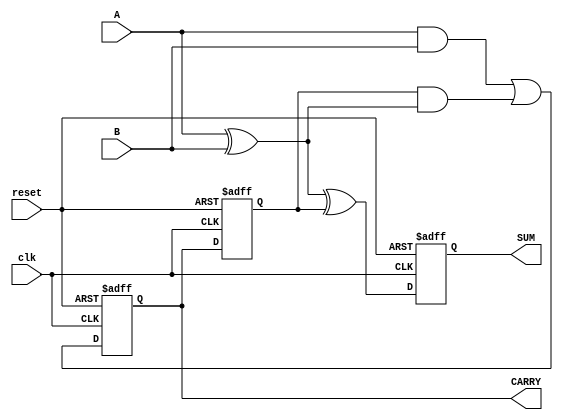
module SequentialHalfAdder (
    input wire clk,         // Clock input
    input wire reset,       // Reset input
    input wire A,          // First input bit
    input wire B,          // Second input bit
    output reg SUM,        // Sum output
    output reg CARRY       // Carry output
);

// Internal signals to store the previous state
reg previous_carry;

// Combinational logic to calculate the next state
wire next_sum;
wire next_carry;

assign next_sum = A ^ B ^ previous_carry; // SUM = A XOR B XOR Previous_CARRY
assign next_carry = (A & B) | (previous_carry & (A ^ B)); // CARRY = (A AND B) OR (Previous_CARRY AND (A XOR B))

// Sequential logic to update state on clock edge
always @(posedge clk or posedge reset) begin
    if (reset) begin
        SUM <= 1'b0;        // Reset SUM to 0
        CARRY <= 1'b0;      // Reset CARRY to 0
        previous_carry <= 1'b0; // Reset previous carry to 0
    end else begin
        SUM <= next_sum;    // Update SUM
        CARRY <= next_carry; // Update CARRY
        previous_carry <= CARRY; // Store the current CARRY for the next addition
    end
end

endmodule